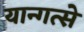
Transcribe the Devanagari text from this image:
यान्गत्से